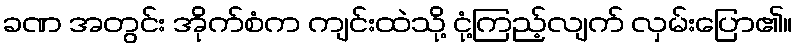
ခဏ အတွင်း အိုက်စံက ကျင်းထဲသို့ ငုံ့ကြည့်လျက် လှမ်းပြော၏။